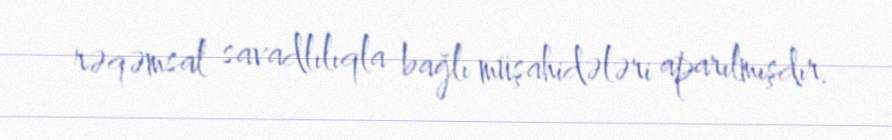
rəqəmsal savadlılıqla bağlı müşahidələri aparılmışdır.